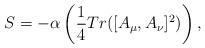
LaTeX: \begin{align*}S=-\alpha\left(\frac{1}{4}Tr([A_{\mu},A_{\nu}]^{2})\right),\end{align*}